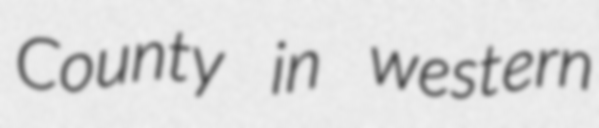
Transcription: County in western